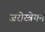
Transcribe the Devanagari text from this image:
जरोस्त्रेयन